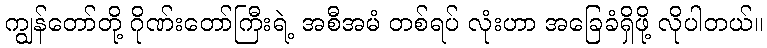
ကျွန်တော်တို့ ဂိုဏ်းတော်ကြီးရဲ့ အစီအမံ တစ်ရပ် လုံးဟာ အခြေခံရှိဖို့ လိုပါတယ်။